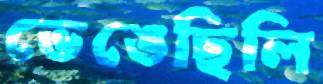
ভেঙেছিলি